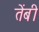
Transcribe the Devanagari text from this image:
तेंबी